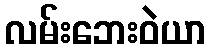
လမ်းဘေးဝဲယာ